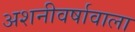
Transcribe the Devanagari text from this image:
अशनीवर्षावाला